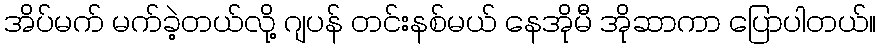
အိပ်မက် မက်ခဲ့တယ်လို့ ဂျပန် တင်းနစ်မယ် နေအိုမီ အိုဆာကာ ပြောပါတယ်။